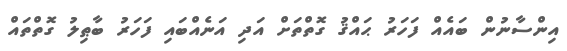
އިންސާނުން ބައެއް ފަހަރު ޙައްޤު ގޮތްތަށް އަދި އަނެއްބައި ފަހަރު ބާޠިލު ގޮތްތައް